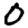
Digit: 0